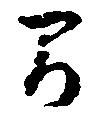
間